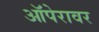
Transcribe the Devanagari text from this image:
ऑपेरावर